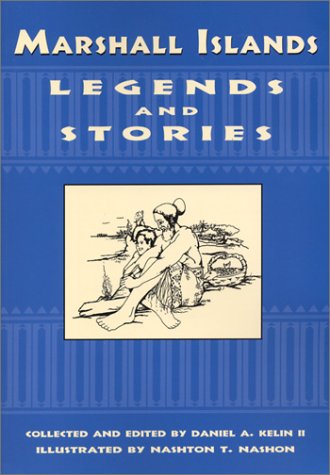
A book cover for Marshall Island Legends and Stories; Daniel A. Kelin II; History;